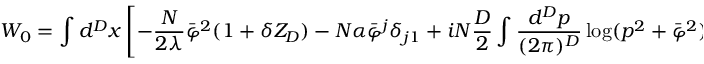
W _ { 0 } = \int { d ^ { D } x } \left[ - { \frac { N } { 2 \lambda } } \bar { \varphi } ^ { 2 } ( 1 + \delta Z _ { D } ) - N \alpha \bar { \varphi } ^ { j } \delta _ { j 1 } + i N { \frac { D } { 2 } } \int { \frac { d ^ { D } p } { ( 2 \pi ) ^ { D } } } \log ( p ^ { 2 } + \bar { \varphi } ^ { 2 } ) \right]